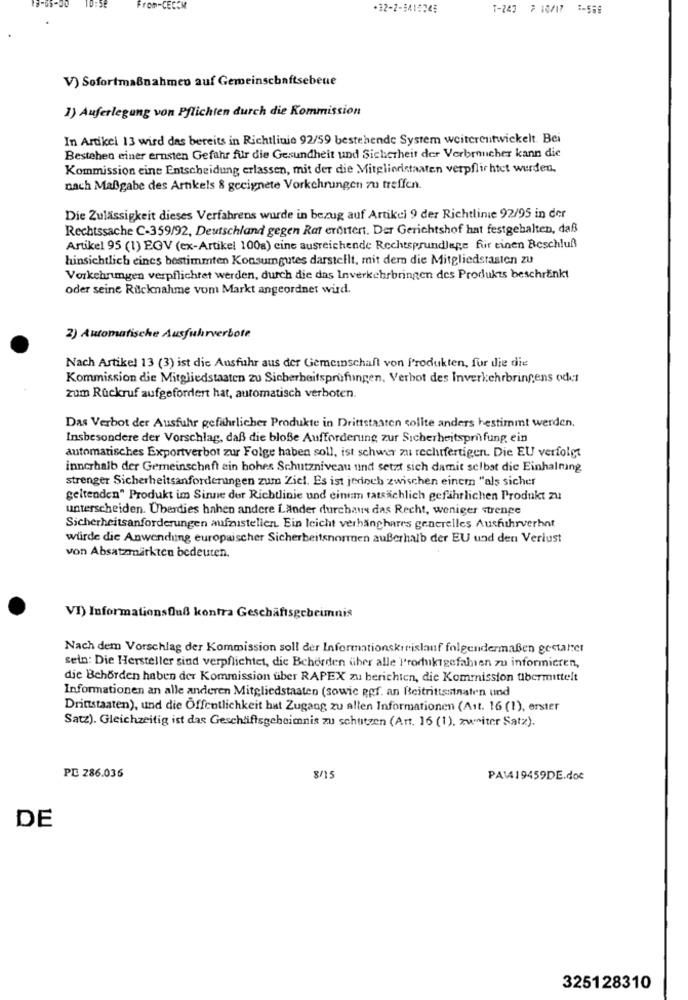
0:58
+32-2-5410248
T-247 7 10/17 5-559
V) Sofortmaßnahmen auf Gemeinschaftsebene
1) Auferlegung von Pflichten durch die Kommission
In Artikel 13 wird das bereits in Richtlinie 92/59 bestehende System weiterentwickelt. Bei
Bestehen einer ernsten Gefahr für die Gesundheit und Sicherheit der Verbraucher kann die
Kommission eine Entscheidung erlassen, mit der die Mitgliedstaaten verpflichtet wurden.
nach Maßgabe des Artikels & geeignete Vorkehrungen zu treffen.
Die Zulässigkeit dieses Verfahrens wurde in bezug auf Artikel 9 der Richtlinie 92/95 in der
Rechtssache C-359/92, Deutschland gegen Rat erörtert. Der Gerichtshof hat festgehalten, daß
Artikel 95 (1) EGV (ex-Artikel 100a) eine ausreichende Rechtsprundlage für einen Beschluß
hinsichtlich eines bestimmten Konsumgutes darstellt, mit dem die Mitgliedstaaten zu
Vorkehrungen verpflichtet werden, durch die das Inverkehrbringen des Produkts beschränkt
oder seine Rücknahme vom Markt angeordnet wird.
2) Automatische Ausfuhrverbote
Nach Artikel 13 (3) ist die Ausfuhr aus der Gemeinschaft von Produkten, fur die die
Kommission die Mitgliedstaaten zu Sicherheitsprüfungen. Verbot des Inverkehrbringens oder
zum Rückruf aufgefordert hat, automatisch verboten.
Das Verbot der Ausfuhr gefährlicher Produkte in Drittstaaten sollte anders bestimmt werden.
Insbesondere der Vorschlag, daß die bloße Aufforderung zur Sicherheitsprüfung ein
automatisches Exportverbot zur Folge haben soll, ist schwer zu rechtfertigen. Die EU verfolgt
innerhalb der Gemeinschaft ein hohes Schutzniveau und setzt sich damit selbst die Einhaltung
strenger Sicherheitsanfordeningen zum Ziel. Es ist jedoch zwischen einem "als sicher
geltenden" Produkt im Sinne der Richtlinie und einem tatsächlich gefährlichen Produkt zu
unterscheiden. Überdies haben andere Länder durchaus das Recht, weniger strenge
Sicherheitsanforderungen aufzustellen. Ein leicht verhänghares generelles Ausfuhrverhnt
würde die Anwendung europaischer Sicherheitsnormen außerhalb der EU und den Verlust
von Absatzmärkten bedeuten.
VI) Informationsfluß kontra Geschäftsgeheimnis
Nach dem Vorschlag der Kommission soll der Informationskreislauf folgendermaßen gestartet
sein: Die Hersteller sind verpflichtet, die Behörden über alle Produktgefahren zu informieren,
die Behörden haben der Kommission über RAPEX zu berichten, die Kommission fibermittelt
Informationen an alle anderen Mitgliedstaaten (sowie gpf. an Beitrittsstaten und
Drittstaaten), und die Öffentlichkeit hat Zugang zu allen Informationen (Ast. 16 (1), erster
Satz). Gleichzeitig ist das Geschäftsgeheimnis zu schutzen (Art. 16 (1), zweiter Satz).
PE 286.036
PAV19459DE.doc
DE
325128310